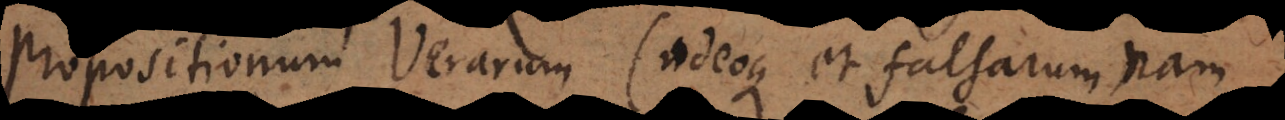
propositionum Verarum (adeoque et falsarum, nam